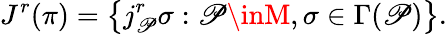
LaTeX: J^{r}(\pi)=\left\{ j_{\mathscr{P}}^{r}\sigma:\mathscr{P}\inM,\sigma\in\Gamma(\mathscr{P})\right\} .